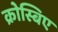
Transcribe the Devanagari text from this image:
क्रोस्बिए